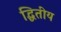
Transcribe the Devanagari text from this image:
द्धितीय